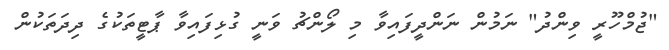
"ޖުމްހޫރީ ވިންދު" ނަމުން ނަންދީފައިވާ މި ލޯންޗު ވަނީ ގުޅިފައިވާ ޕާޓީތަކުގެ ދިދަތަކުން